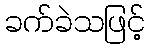
ခက်ခဲသဖြင့်